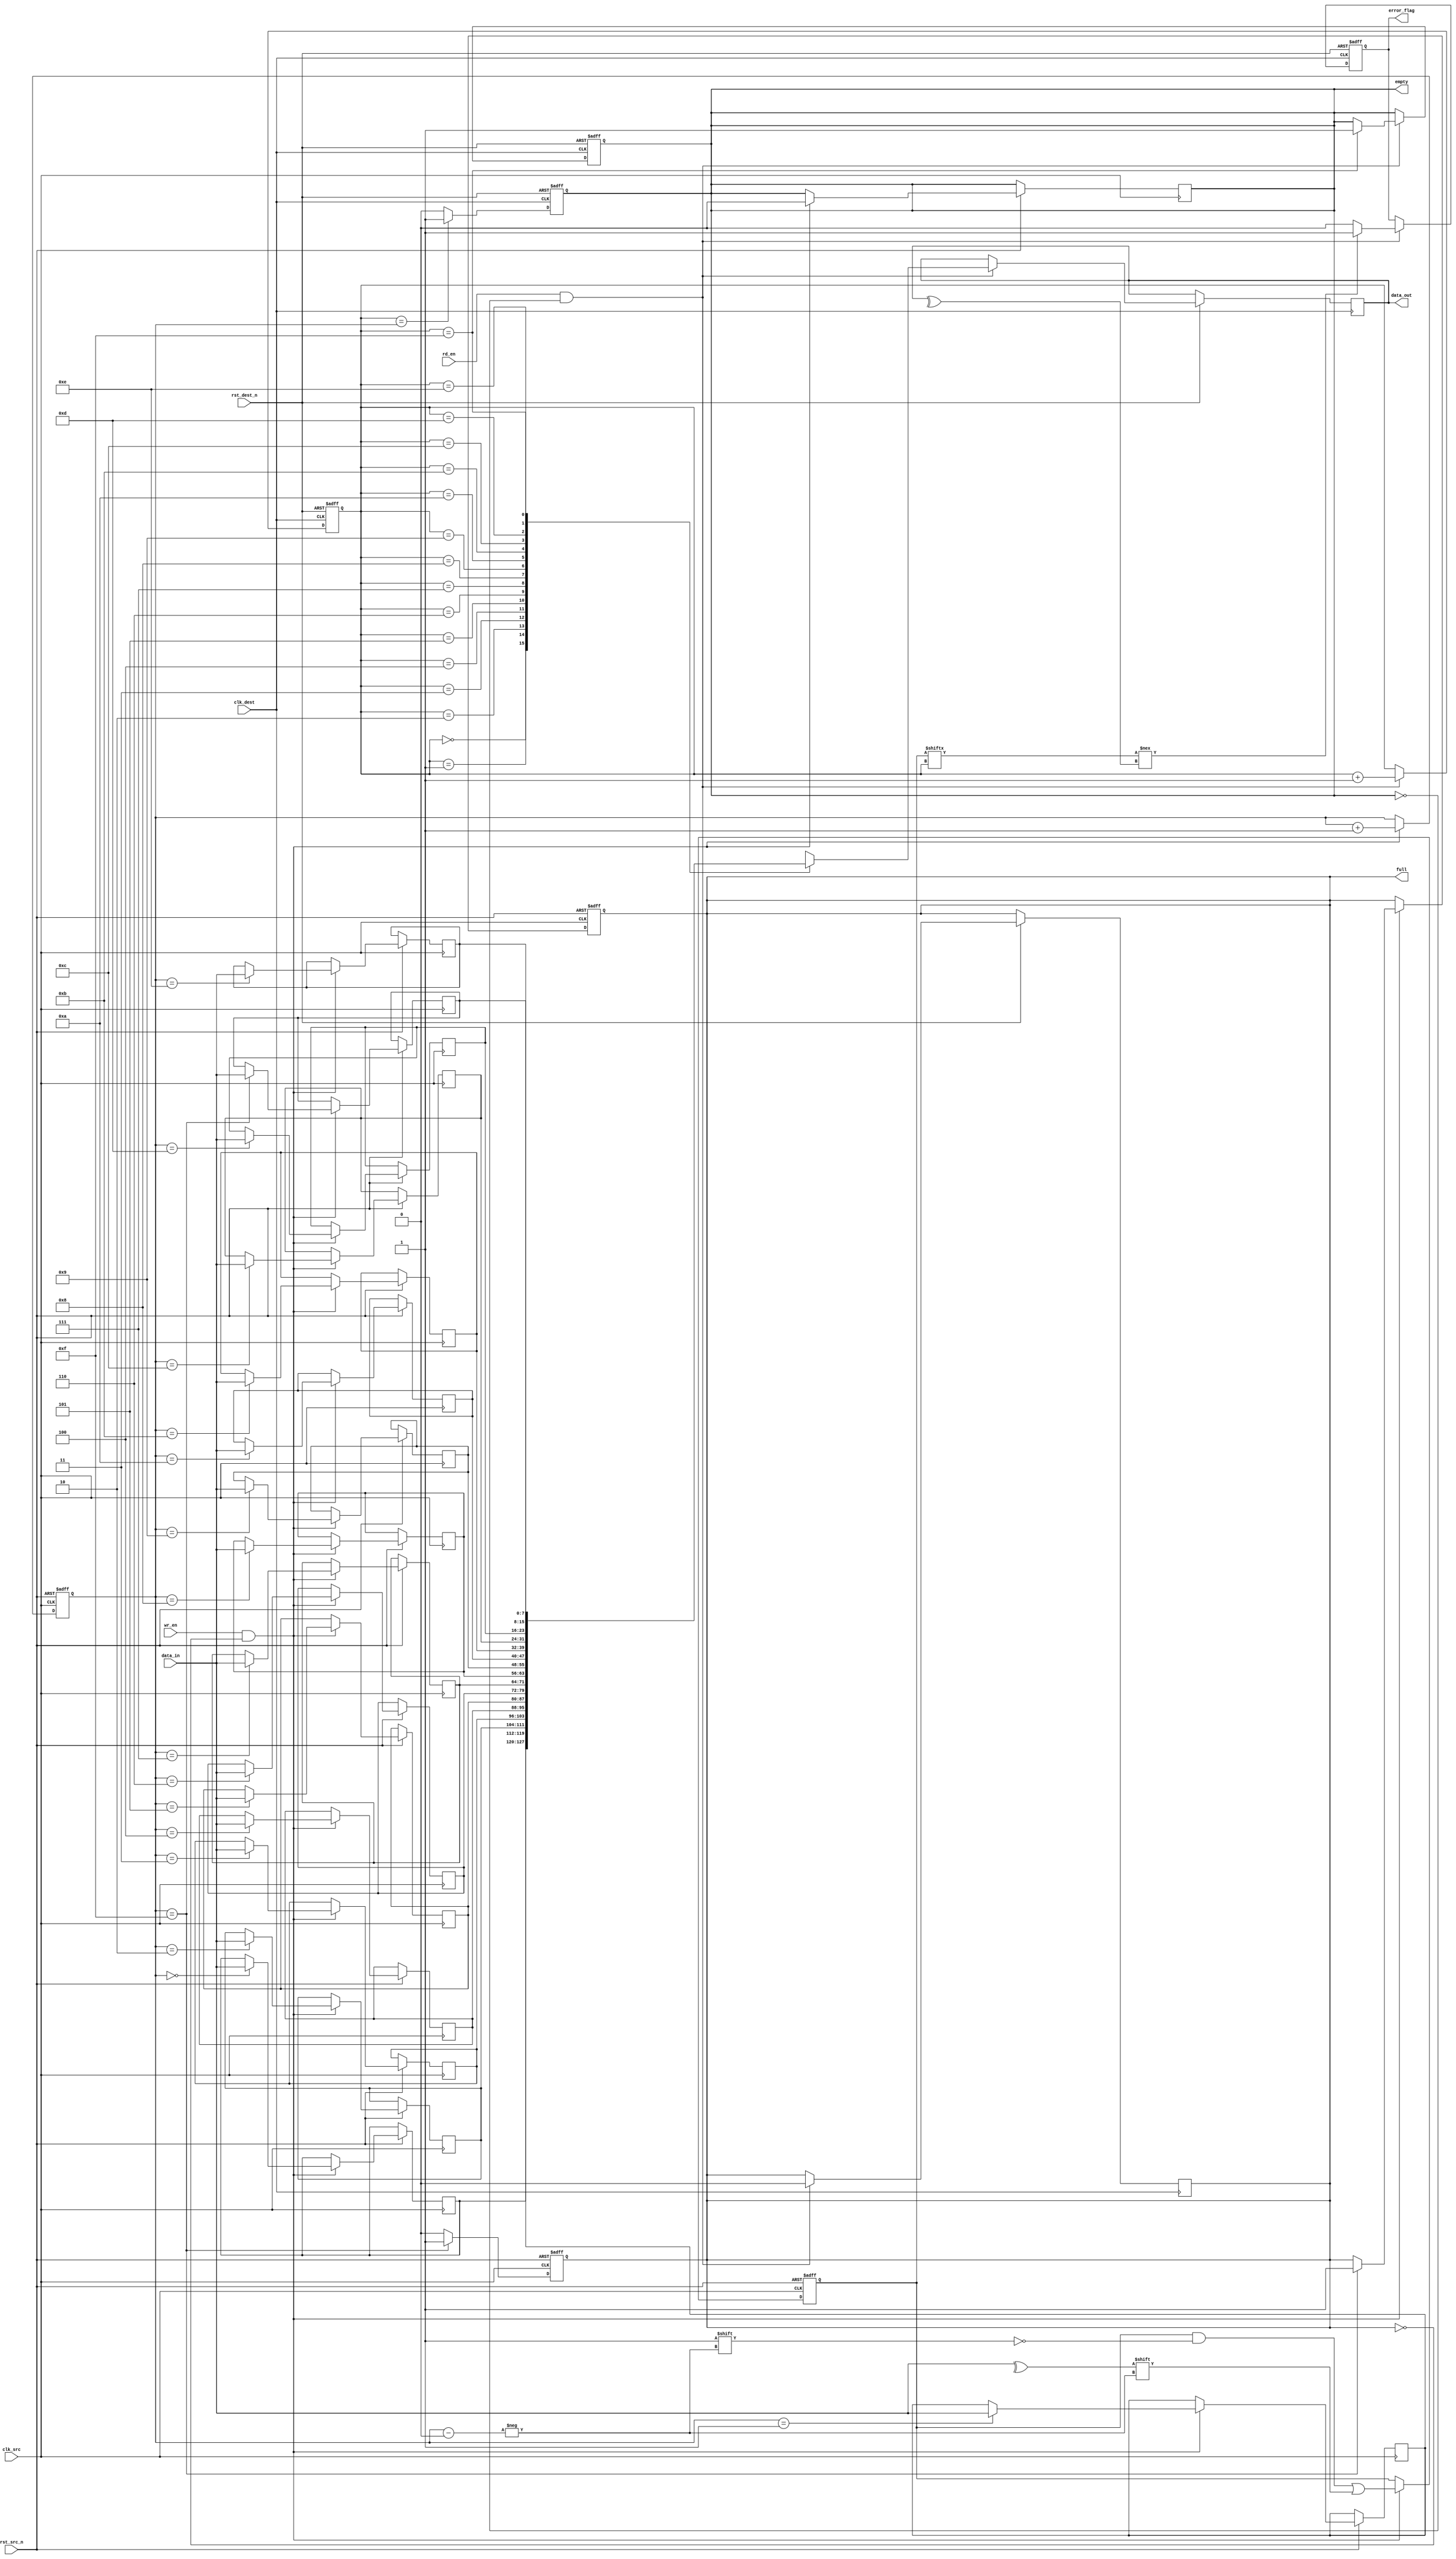
module dual_clock_fifo #(
    parameter DATA_WIDTH = 8,
    parameter FIFO_DEPTH = 16
)(
    input wire clk_src,          // Source clock
    input wire clk_dest,         // Destination clock
    input wire rst_src_n,        // Active low reset for source clock domain
    input wire rst_dest_n,       // Active low reset for destination clock domain
    input wire [DATA_WIDTH-1:0] data_in, // Data to write
    input wire wr_en,            // Write enable
    input wire rd_en,            // Read enable
    output reg [DATA_WIDTH-1:0] data_out, // Data read
    output reg error_flag,       // Error flag for parity mismatch
    output reg full,             // FIFO full flag
    output reg empty             // FIFO empty flag
);

    // Internal signals
    reg [DATA_WIDTH-1:0] fifo_mem [0:FIFO_DEPTH-1]; // FIFO memory
    reg [3:0] write_ptr;       // Write pointer (4 bits for depth of 16)
    reg [3:0] read_ptr;        // Read pointer (4 bits for depth of 16)
    reg [FIFO_DEPTH-1:0] parity_bits; // Parity bits for each FIFO entry

    // Write control logic
    always @(posedge clk_src or negedge rst_src_n) begin
        if (!rst_src_n) begin
            write_ptr <= 0;
            full <= 0;
            parity_bits <= 0;
        end else if (wr_en && !full) begin
            fifo_mem[write_ptr] <= data_in;
            parity_bits[write_ptr] <= ^data_in; // Even parity
            write_ptr <= write_ptr + 1;
            if (write_ptr == FIFO_DEPTH - 1)
                full <= 1;
            empty <= 0; // If we write, it can't be empty
        end
    end

    // Read control logic
    always @(posedge clk_dest or negedge rst_dest_n) begin
        if (!rst_dest_n) begin
            read_ptr <= 0;
            empty <= 1;
            error_flag <= 0;
        end else if (rd_en && !empty) begin
            data_out <= fifo_mem[read_ptr];
            // Check for parity
            if (parity_bits[read_ptr] !== ^data_out) begin
                error_flag <= 1; // Set error flag if parity mismatch
            end else begin
                error_flag <= 0; // Clear error flag if parity matches
            end
            read_ptr <= read_ptr + 1;
            if (read_ptr == FIFO_DEPTH - 1)
                empty <= 1;
            full <= 0; // If we read, it can't be full
        end
    end

    // FIFO status logic
    always @(posedge clk_src or negedge rst_src_n) begin
        if (!rst_src_n) begin
            full <= 0;
        end else if (write_ptr == FIFO_DEPTH - 1) begin
            full <= 1;
        end else begin
            full <= 0;
        end
    end

    always @(posedge clk_dest or negedge rst_dest_n) begin
        if (!rst_dest_n) begin
            empty <= 1;
        end else if (read_ptr == write_ptr) begin
            empty <= 1;
        end else begin
            empty <= 0;
        end
    end

endmodule